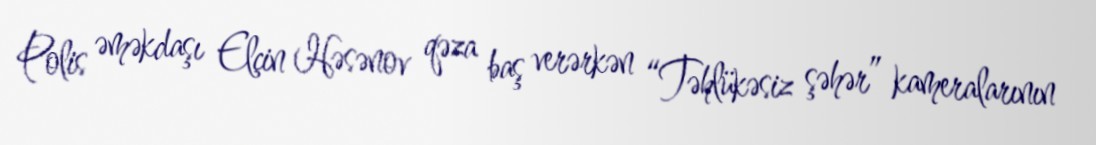
Polis əməkdaşı Elçin Həsənov qəza baş verərkən “Təhlükəsiz şəhər” kameralarının